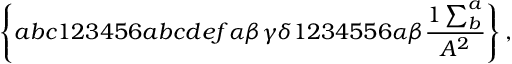
\left\{ a b c 1 2 3 4 5 6 a b c d e f \alpha \beta \gamma \delta 1 2 3 4 5 5 6 \alpha \beta \frac { 1 \sum _ { b } ^ { a } } { A ^ { 2 } } \right\} ,